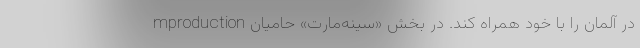
mproduction در آلمان را با خود همراه کند. در بخش «سینه‌مارت» حامیان